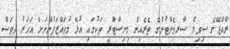
ރާއްޖޭގެ ސިވިލް ސާރވެންޓުންގެ ތެރެއިން މިނިސްޓްރީ ތަކުގައި އުޅޭ މުވައްޒަފުންނަށް އަހަރު ދުވަސް